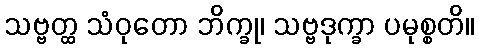
သဗ္ဗတ္ထ သံဝုတော ဘိက္ခု၊ သဗ္ဗဒုက္ခာ ပမုစ္စတိ။